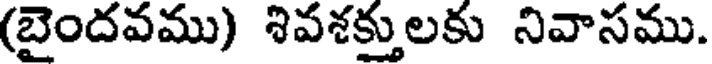
(బైందవము) శివశక్తులకు నివాసము.